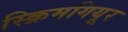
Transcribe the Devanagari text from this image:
स्क्रिमगियूर